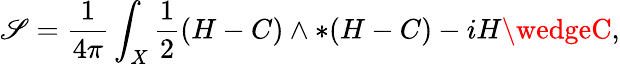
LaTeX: \mathscr{S}=\frac{{1}}{{4\pi}}\int_{X}\frac{{1}}{{2}}(H-C)\wedge*(H-C)-iH\wedgeC,